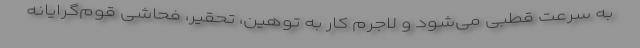
به سرعت قطبی می‌شود و لاجرم کار به توهین، تحقیر، فحاشی قوم‌گرایانه